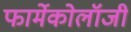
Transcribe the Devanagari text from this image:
फार्मेकोलॉजी